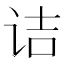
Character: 诘